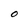
Character: O